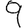
Digit: 9